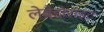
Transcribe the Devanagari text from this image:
लेब्रैडोराइट